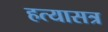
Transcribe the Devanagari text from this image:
हत्यासत्र